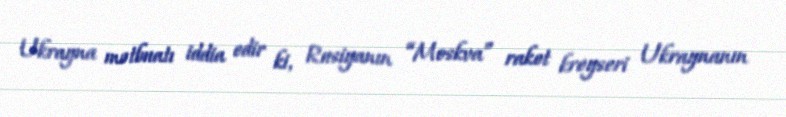
Ukrayna mətbuatı iddia edir ki, Rusiyanın “Moskva” raket kreyseri Ukraynanın